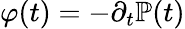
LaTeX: \varphi(t)=-\partial_{t}{\mathbb{P}}(t)